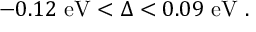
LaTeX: - 0 . 1 2 ~ \mathrm { e V } < \Delta < 0 . 0 9 ~ \mathrm { e V } \ .